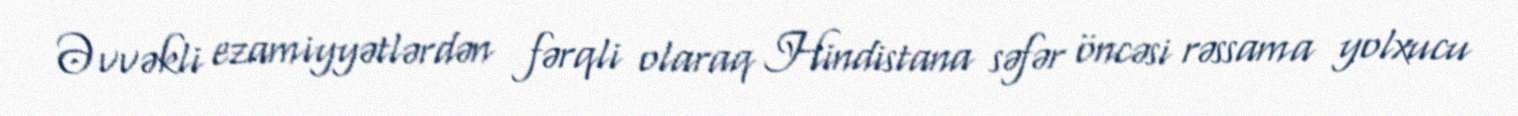
Əvvəkli ezamiyyətlərdən fərqli olaraq Hindistana səfər öncəsi rəssama yolxucu